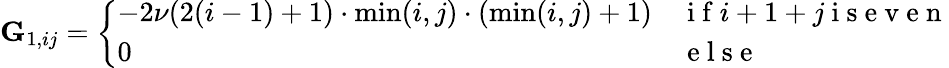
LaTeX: \begin{array}{r}{\mathbf{G}_{1,ij}=\left\{ \begin{array}{ll}{-2\nu(2(i-1)+1)\cdot\operatorname*{min}(i,j)\cdot(\operatorname*{min}(i,j)+1)}&{\mathrm{~i~f~}i+1+j\mathrm{~i~s~e~v~e~n~}}\\ {0}&{\mathrm{~e~l~s~e~}}\end{array}\right.}\end{array}